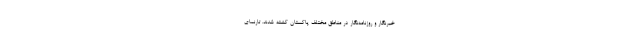
خبرنگار و روزنامه‌نگار در مناطق مختلف پاکستان کشته شدند. تارنمای